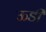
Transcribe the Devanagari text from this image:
ऊडी